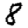
Digit: 8